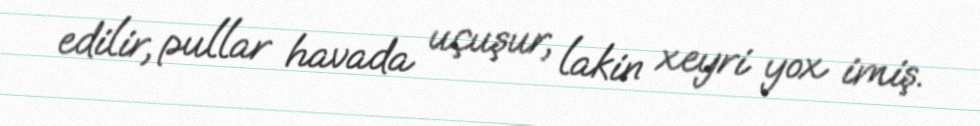
edilir, pullar havada uçuşur, lakin xeyri yox imiş.